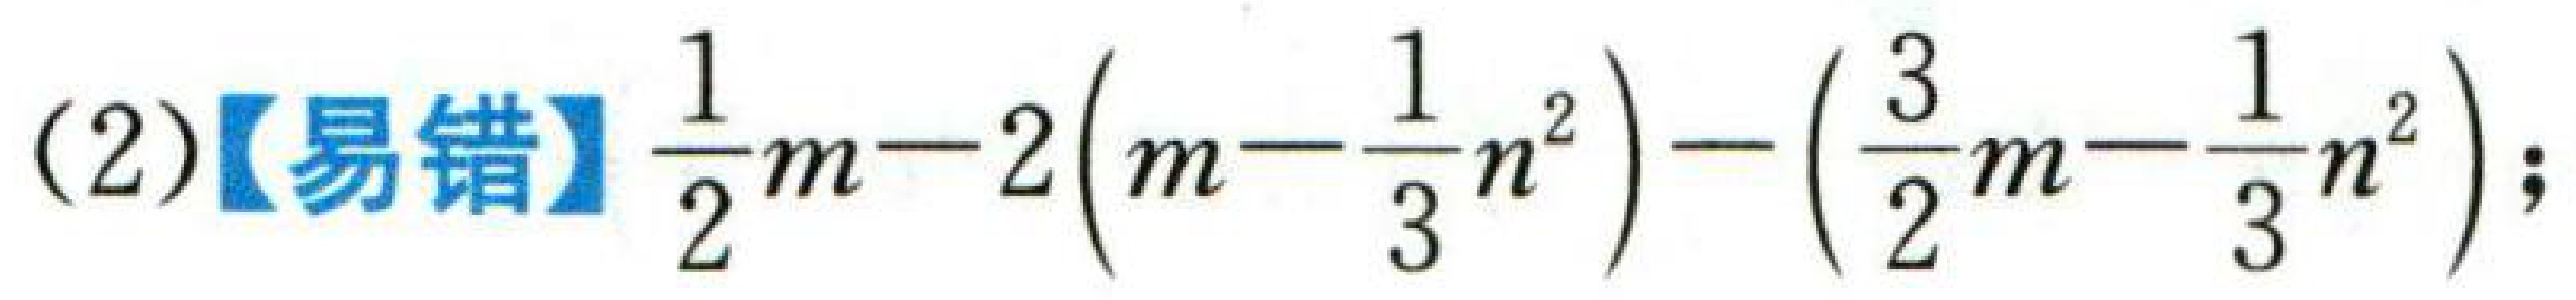
(2)【易错】$\frac{1}{2}m - 2\left(m - \frac{1}{3}n^{2}\right) - \left(\frac{3}{2}m - \frac{1}{3}n^{2}\right);$